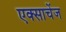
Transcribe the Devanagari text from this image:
एक्साचेंज